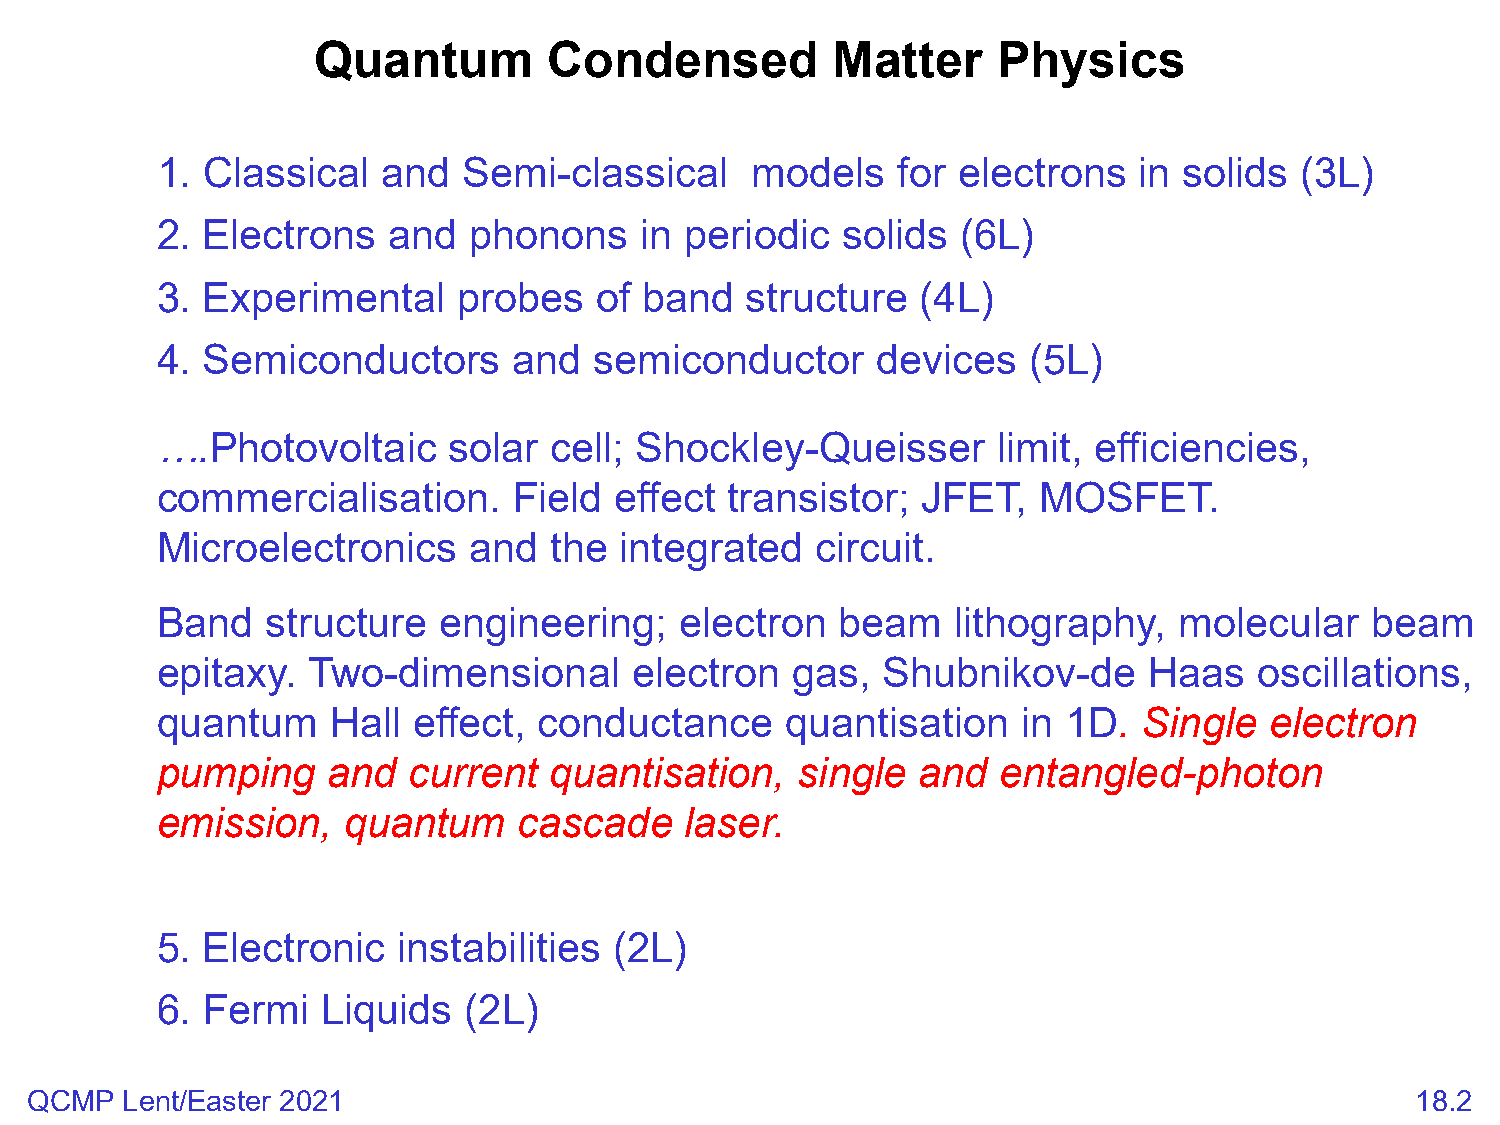
Quantum        Condensed          Matter     Physics
 1. Classical   and   Semi-classical     models   for electrons   in solids  (3L)
 2. Electrons    and  phonons    in periodic   solids  (6L)
 3. Experimental     probes   of  band  structure   (4L)
 4. Semiconductors       and  semiconductor      devices   (5L)
 ….Photovoltaic      solar cell; Shockley-Queisser       limit, efficiencies,
 commercialisation.      Field  effect transistor;  JFET,   MOSFET.
 Microelectronics     and  the  integrated   circuit.
 Band    structure  engineering;    electron   beam   lithography,   molecular    beam
 epitaxy.  Two-dimensional       electron  gas,  Shubnikov-de      Haas   oscillations,
 quantum     Hall effect,  conductance     quantisation    in 1D.  Single  electron
 pumping     and  current  quantisation,    single  and  entangled-photon
 emission,    quantum    cascade    laser.
 5. Electronic   instabilities  (2L)
 6. Fermi   Liquids   (2L)
 QCMP  Lent/Easter 2021                                                                      18.2